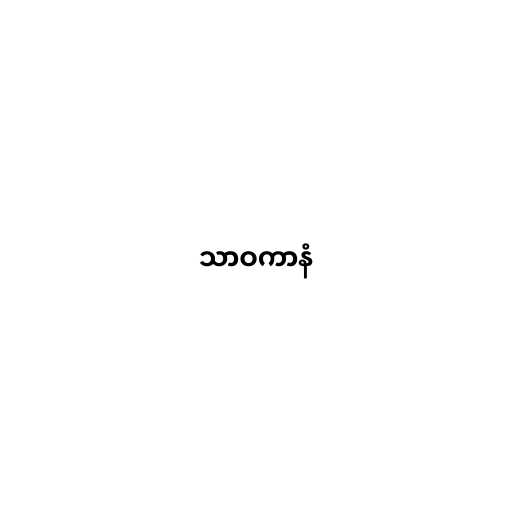
သာဝကာနံ